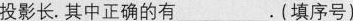
投影长。其中正确的有___.(填序号)